Civil Veterinary Department. United Provinces 1912-22 - 1912-1922
Year: 1912
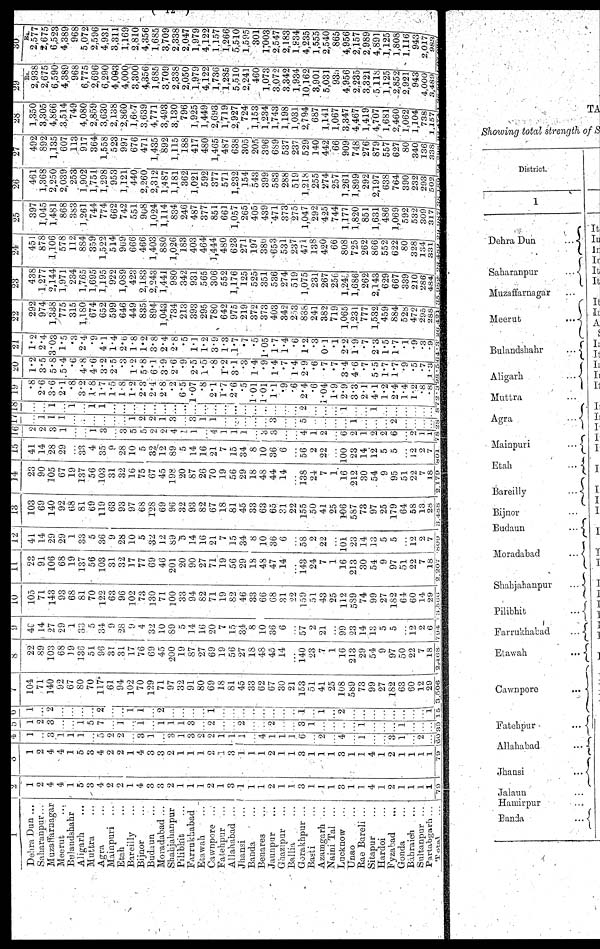
1
Dehra Dun ...
Saharanpur...
Muzaffarnagar
Meerut
...
Bulandshahr
Aligarh ...
Muttra ...
Agra
...
Mainpuri ...
Etah ...
Bareilly ..
Bijnor ...
Budaun ...
Moradabad ...
Shahjahanpur
Pilibhit ...
Farrukhabad
Etawah
...
Cawnpore ...
Fatehpur ...
Allahabad ...
Jhansi
...
Banda
...
Benares
...
Jaunpur ...
Gaazipur ...
Ballia ...
Gorakhpur ...
Basti
...
Azamgarh ...
Naini Tal ...
Lucknow
...
Unao ...
Rae Bareli ...
Sitapur
...
Hardoi
...
Fyzabad
...
Gonda ...
Bahraich
...
Sultanpur
...
Partabgarh ...
Total ...
2
1
2
4
4
1
5
3
4
2
2
1
4
3
3
2
1
1
1
2
1
3
1
1
1
2
1
1
3
1
I
1
3
1
1
4
1
2
1
1
1
1
79
3
1
2
4
4
1
5
3
4
2
2
1
4
3
3
2
1
1
1
2
1
3
1
1
1
2
1
1
3
1
1
1
3
1
1
4
1
2
1
1
1
1
79
4
1
3
1
1
1
5
2
2
...
3
1
...
3
1
3
2
2
1
1
1
...
4
1
1
li
6
...
2
...
4!
...
1
...
3
1
...
2
...
60
5
1
2
3
1
5
7
J
1
1
1
1
3
...
9
9
...
2
...
3
1
...
V
1
...
...
...
...
39
6
1
...
2
...
...
...
2
1
1
2
...
1
...
...
...
...
1
1
2
...
...
...
1
15
7
104
71
140
92
67
80
70
117
61
94
102
70
129
71
97
32
91
80
69
18
81
45
33
62
67
30
21
153
51
41
25
108
5b9
73
99
27
182
63
60
12
29
3,506
8
22
89
103
68
19
139
51
96
31
31
17
76
69
45
200
19
87
27
69
19
56
27
18
48
45
14
140
23
7
1
16
213
29
54
9
97
50
22
7
18
2,168
9
40
14
27
29
1
33
5
34
9
28
9
4
32
10
89
5
14
16
20
7
15
34
8
10
36
6
57
2
21
99
23
14
13
5
5
...
12
2
6
794
10
105
71
143
93
68
81
70
122
63
96
102
73
130
71
100
33
94
82
71
19
82
46
33
66
68
31
22
159
5 1
43
25
112
589
74
99
27
182
64
60
14
29
3,306
11
23
91
106
68
19
137
56
103
31
32
17
77
69
46
201
20
90
27
71
19
56
29
18
48
47
14
143
24
7
1
16
213
30
54
9
97
51
22
7
18
2,207
12
41
14
29
29
1
33
5
36
9
28
10
5
32
12
89
5
14
16
21
7
15
34
8
10
36
6
58
2
22
101
23
14
13
5
12
2
7
809
13
103
69
140
92
68
81
69
119
63
93
97
68
128
69
96
32
93
82
67
18
81
45
33
63
65
31
22
155
50
41
25
106
587
73
97
25
179
64
58
13
28
3,488
14
23
90
105
67
19
137
56
103
31
32
16
75
67
45
198
20
87
26
70
19
56
29
18
48
44
14
138
24
7
1
16
212
30
54
9
95
51
22
7
18
2,179
15
41
14
28
29
...
33
4
35
9
28
10
5
32
12
89
5
14
16
21
7
15
34
8
10
36
6
...
56
2
22
...
100
23
14
12
5
5
12
2
7
801
16
2
2
1
...
...
1
3
...
3
5
5
2
2
4
1
1
4
1
1
1
...
3
3
...
...
4
1
2
...
6
2
1
9
2
6
2
1
1
7.8
17
...
1
1
1
...
...
...
...
...
...
1
2
2
1
3
...
3
1
1
...
...
...
...
...
3
...
...
5
...
...
...
...
1
...
...
...
2
...
...
...
28
18
...
...
1
...
1
...
1
1
...
...
...
...
...
...
...
...
...
...
...
...
...
...
...
...
...
...
...
9:
...
...
...
1
...
...
1
...
...
...
...
...
87
19
8
2.0
3.6
2.1
.8
3.2
1.8
1.7
1.5
1.8
1.2
2.3
2.4
2.8
. 2
6.5
1.07
.8
2.1
1.7
2.6
.5
1.01
1.01
1.1
.9
6
2.4
.6
1.04
1.9
2.9
3.3-
2.1
4.1
1.2
2.4
1.4
1.2
8
8
2.39
20
1.2
3.5
5.8
.5.4
6
4.8
4.6
3.2
2.5
3
1.2
5.8
6.1
3.9
2.6
.9
2.5
1.5
.8
1.2
3.1
.3
1.4
.9
1.4
.7
1.4
2.9
.6
. 7
. 7
3.4
4.6
.7
5.5
1.7
1.7
.9
5
5 7
1.3
8.66
21
1.2
2.4
3.03
1.5
3
2.4
9
4.1
1.4
2.6
1.8
1.2
3.8
2.4
2. 8
5
1.1
1.2
3.9
1.3
1.7
.7
1 . 05
1.7
1.4
.6
1.2
.3
0.1
.1
2.2
1.9
.7
2.3
1.5
1.7
1
9
9
.3
1.3
22
292
974
1,338
775
315
1,180
674
652
599
646
449
835
894
1,043
734
213
393
295
780
642
975
219
372
373
403
342
253
888
241
382
719
1,065
1,231
777
1,532
459
459 884
528
472
20o
288
26 421
23
438
1 277
2,144
1,971
234
1,7.65
1,695
1,195
922
1,089
423
2,183
2,243
1,441
980
342
931
565
306
552
1,176
125
525
351
536
274
519
1,075
231
267
256
1,245
1,686
262
2,143
629
629
667
339
210
210
286
484
24
45
878
1,106
575
112
884
35P
1,522
514
969
666
466
1,403
880
1,026
183
403
464
1,444
480
623
271
197
38b
653
531
237
471
138
420
66
808
725
262
866
552
622
80
328
134
331
25
397
1,045
1,481
868
383
1,261
744
774
662
742
551
908
1,024
1,114
834
246
487
377
851
661
1,057
265
405
439
471
373
275
1,047
292
425
744
1.177
1,820
851
1,631
486
486
1,069
592
532
309
317
20
461
1,365
22.50
2,039
255
1,902
1,751
1,298
953
1,121
440
2,260
2,312
1,487
1,181
362
1,021
592
592
377
571
1,232
154
543
399
583
288
519
1,218
255
274
257
1,261
1,899
292
2,197
638
764
390
390
232
293
502
27
492
892
1,135
607
11s
917
364
1,558
523
997
676
471
1,435
892
1,115
188
417
480
1,465
487
638
305
205
396
689
537
237
529
140
442
66
909
748
276
879
557
627
80
80
340 136
338
26
1,350
3,305
4,866
3,514
74S
4,080
2,859
3,630
2,138
2,860
1,667
3,639
4,771
3,493
3,130
796
1,925
1,449
1,449
2,693
1,719
2,927
724
1,153
1,234
1,743
1,198
l,031
2,794
687
1,141
1,067
3,347
4,467
1,419
4,707
1,681
2,460
1,062
1,104
738
1,157
~zv
Rs.
2,938
2,675
6,590
4,389
965
6,775
2,696
6,290
4,003
4,00C
3,300
4,356
1,685
3,709
2,338
2,050
1,979
4,122
1,736
1,285
5,510
2,241
460
1,073
3,072
3,342
1,934
10,162
3,901
5,031
935
4,956
2.235
3,321
5 118
1,125
2,852
2,921
943
4,000
3,489
30
2,577
2,675
6,523
4,389
968
5,072
2,596
4,931
3,311
1,169
2,810
4,356
1,685
3,709
2,338
2,047
1,979
4,122
1,157
1,266
5,510
1,595
301
1,003
2.547
2,183
1,834
4,235
1,555
2,540
865
4,956
2,157
2,989
4,891
1,125
1,808
1,116
1,110
943
2,017
983
-